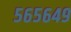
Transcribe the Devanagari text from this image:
५६५६४९